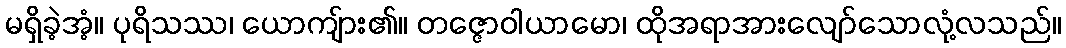
မရှိခဲ့အံ့။ ပုရိသဿ၊ ယောကျ်ား၏။ တဇ္ဇောဝါယာမော၊ ထိုအရာအားလျော်သောလုံ့လသည်။